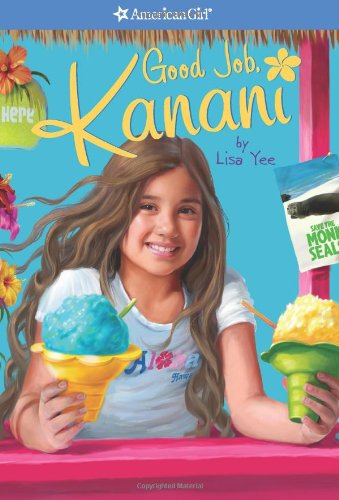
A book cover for Good Job, Kanani (American Girl) (Girl of the Year (Quality)); Lisa Yee; Children's Books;